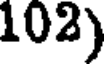
102)